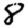
Digit: 8